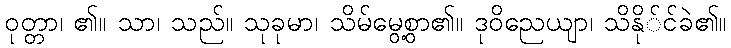
ဝုတ္တာ၊ ၏။ သာ၊ သည်။ သုခုမာ၊ သိမ်မွေ့စွာ၏။ ဒုဝိညေယျာ၊ သိနို်င်ခဲ၏။